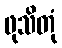
ဖုသိတုံ